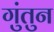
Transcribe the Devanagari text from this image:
गुंतुन